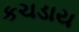
કચડાય